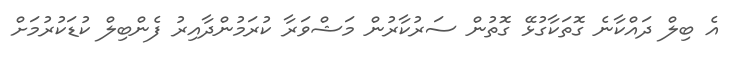
އެ ބިލް ދައްކާނެ ގޮތަކާގުޅޭ ގޮތުން ސަރުކާރުން މަޝްވަރާ ކުރަމުންދާއިރު ފެންބިލް ކުޑަކުރުމަށް